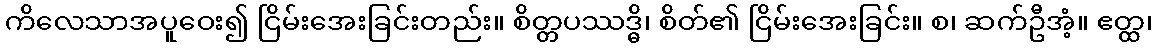
ကိလေသာအပူဝေး၍ ငြိမ်းအေးခြင်းတည်း။ စိတ္တပဿဒ္ဓိ၊ စိတ်၏ ငြိမ်းအေးခြင်း။ စ၊ ဆက်ဦအံ့။ ဧတ္ထ၊